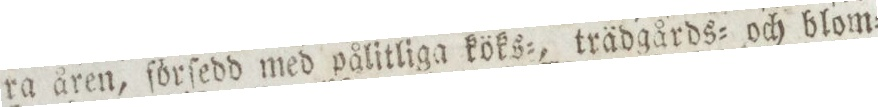
ra åren, förſedd med pålitliga köks=, trädgårds= och blom=